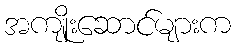
အကျိုးဆောင်များက